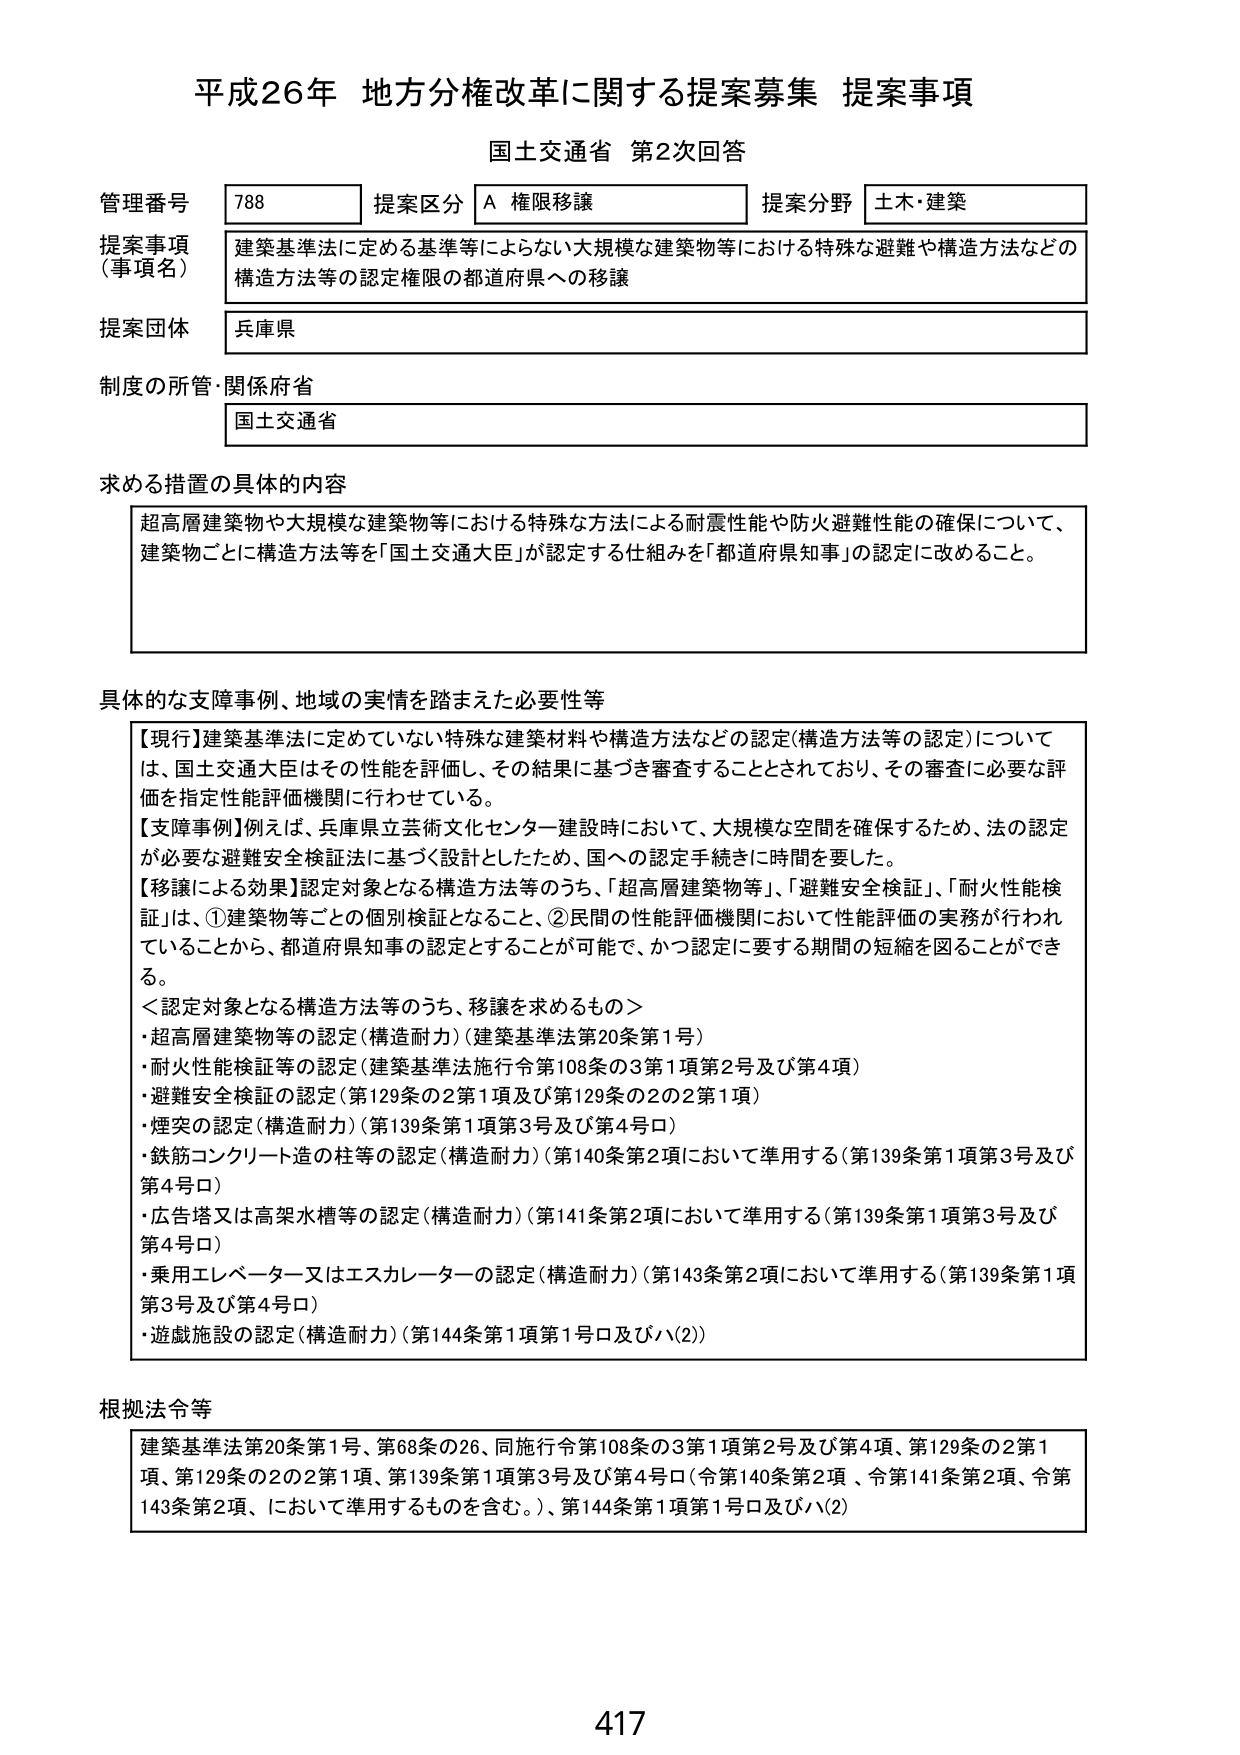
平成26年 地方分権改革に関する提案募集 提案事項
国土交通省 第2次回答

管理番号 788 提案区分 A 権限移譲 提案分野 土木・建築
提案事項（事項名） 建築基準法に定める基準等によらない大規模な建築物等における特殊な避難や構造方法などの構造方法等の認定権限の都道府県への移譲
提案団体 兵庫県
制度の所管・関係府省 国土交通省

求める措置の具体的内容
超高層建築物や大規模な建築物等における特殊な方法による耐震性能や防火避難性能の確保について、建築物ごとに構造方法等を「国土交通大臣」が認定する仕組みを「都道府県知事」の認定に改めること。

具体的な支援事例、地域の実情を踏まえた必要性等
【現行】建築基準法に定めていない特殊な建築材料や構造方法などの認定（構造方法等の認定）については、国土交通大臣はその性能を評価し、その結果に基づき審査することとされており、その審査に必要な評価を指定性能評価機関に行わせている。
【支援事例】例えば、兵庫県立芸術文化センター建設時において、大規模な空間を確保するため、法の認定が必要な避難安全検証法に基づく設計としたため、国への認定手続きに時間を要した。
【移譲による効果】認定対象となる構造方法等のうち、「超高層建築物等」、「避難安全検証」、「耐火性能検証」は、①建築物等ごとの個別検証となること、②民間の性能評価機関において性能評価の実務が行われていることから、都道府県知事の認定とすることが可能で、かつ認定に要する期間の短縮を図ることができる。
＜認定対象となる構造方法等のうち、移譲を求めるもの＞
・超高層建築物等の認定（構造耐力）（建築基準法第20条第1号）
・耐火性能検証等の認定（建築基準法施行令第108条の3第1項第2号及び第4項）
・避難安全検証の認定（第129条の2第1項及び第129条の2の2第1項）
・煙突の認定（構造耐力）（第139条第1項第3号及び第4号ロ）
・鉄筋コンクリート造の柱等の認定（構造耐力）（第140条第2項において準用する（第139条第1項第3号及び第4号ロ））
・広告塔又は高架水槽等の認定（構造耐力）（第141条第2項において準用する（第139条第1項第3号及び第4号ロ））
・乗用エレベーター又はエスカレーターの認定（構造耐力）（第143条第2項において準用する（第139条第1項第3号及び第4号ロ））
・遊戯施設の認定（構造耐力）（第144条第1項第1号ロ及びハ(2)）

根拠法令等
建築基準法第20条第1号、第68条の26、同施行令第108条の3第1項第2号及び第4項、第129条の2第1項、第129条の2の2第1項、第139条第1項第3号及び第4号ロ（令第140条第2項、令第141条第2項、令第143条第2項、において準用するものを含む。）、第144条第1項第1号ロ及びハ(2)

417